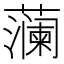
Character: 𮶹